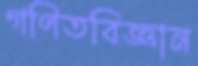
গণিতবিজ্ঞান